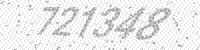
Solution: 721348